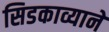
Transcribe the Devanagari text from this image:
सिडकाव्याने